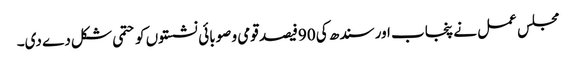
مجلس عمل نے پنجاب اور سندھ کی 90فیصد قومی و صوبائی نشستوں کو حتمی شکل دے دی۔